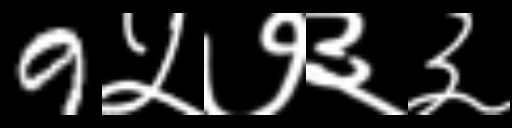
Text: 9५७३३